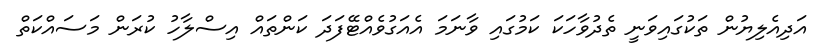
އަދިއެލިޔުން ތަކުގައިވަނީ ތެދުވާހަކަ ކަމުގައި ވާނަމަ އެއަގުވެއްޓޭފަދަ ކަންތައް އިސްލާހު ކުރަން މަސައްކަތް